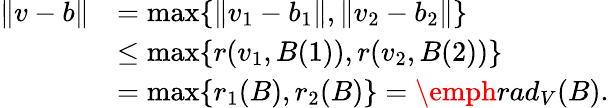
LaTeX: \begin{array}{rl}{\| v-b\| }&{=\operatorname*{max}\{ \| v_{1}-b_{1}\| ,\| v_{2}-b_{2}\| \} }\\ &{\leq\operatorname*{max}\{ r(v_{1},B(1)),r(v_{2},B(2))\} }\\ &{=\operatorname*{max}\{ r_{1}(B),r_{2}(B)\} =\emph{rad}_{V}(B).}\end{array}